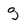
Character: g